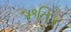
ઋતિક